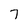
Character: 7